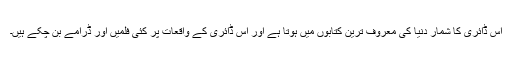
اس ڈائری کا شمار دنیا کی معروف ترین کتابوں میں ہوتا ہے اور اس ڈائری کے واقعات پر کئی فلمیں اور ڈرامے بن چکے ہیں۔